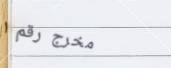
مخرج رقم ١